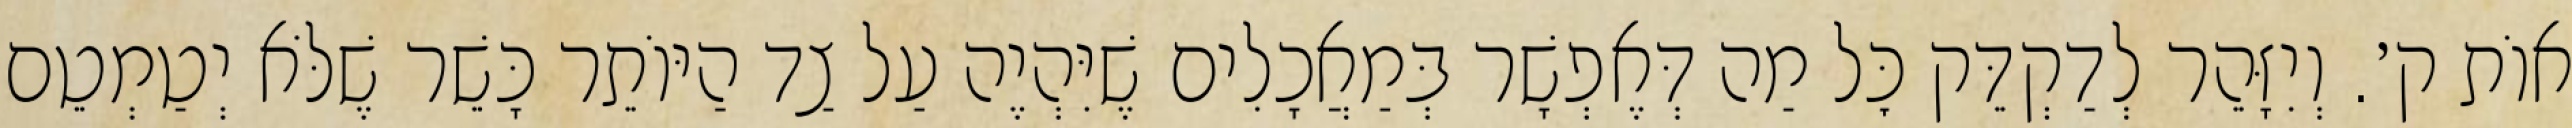
אוֹת ק׳. וְיִזָּהֵר לְדַקְדֵּק כׇּל מַה דְּאֶפְשָׁר בְּמַאֲכָלִים שֶׁיִּהְיֶה עַל צַד הַיּוֹתֵר כָּשֵׁר שֶׁלֹּא יְטַמְטֵם